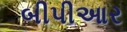
બીપીઆર